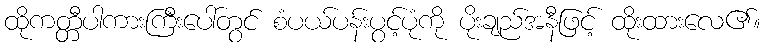
ထိုကတ္တီပါကားကြီးပေါ်တွင် စံပယ်ပန်းပွင့်ပုံကို ပိုးချည်အနီဖြင့် ထိုးထားလေ၏။